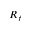
R _ { f }